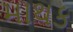
માથક